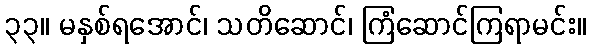
၃၃။ မနှစ်ရအောင်၊ သတိဆောင်၊ ကြံဆောင်ကြရာမင်း။